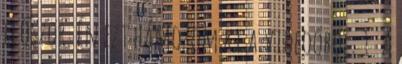
először. Én ezt hámozom ki a videoóból: 1. A